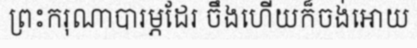
ព្រះករុណាបារម្ភដែរ ចឹងហើយក៏ចង់អោយ